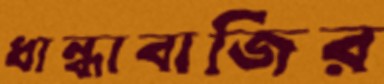
ধান্ধাবাজির